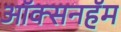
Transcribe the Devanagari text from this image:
ऑक्सनहॅम